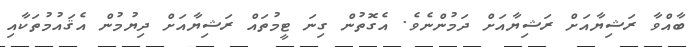
ބާއްވާ ރަޝިޔާއަށް ރަޝިޔާއަށް ދަމުންނެވެ. އެގޮތުން ގިނަ ޓީމުތައް ރަޝިޔާއަށް ދިޔުމުން އެޤައުމުތަކާއި